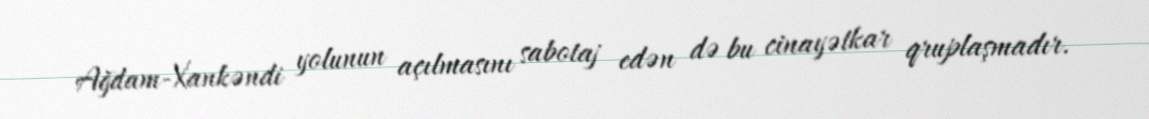
Ağdam-Xankəndi yolunun açılmasını sabotaj edən də bu cinayətkar qruplaşmadır.